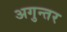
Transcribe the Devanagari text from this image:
अगुन्तर